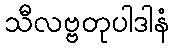
သီလဗ္ဗတုပါဒါနံ